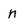
Character: n